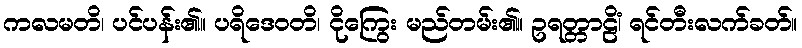
ကလမတိ၊ ပင်ပန်း၏။ ပရိဒေဝတိ၊ ငိုကြွေး မည်တမ်း၏။ ဥရတ္တာဠိံ၊ ရင်တီးလက်ခတ်။